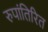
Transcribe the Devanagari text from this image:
रुपांतिरित